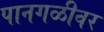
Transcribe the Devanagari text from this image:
पानगळीवर